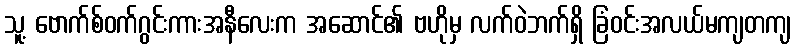
သူ့ ဗောက်စ်ဝက်ဂွင်းကားအနီလေးက အဆောင်၏ ဗဟိုမှ လက်ဝဲဘက်ရှိ ခြံဝင်းအလယ်မကျတကျ